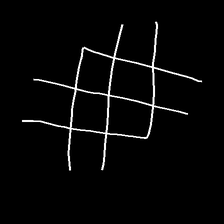
Glyph: crystal